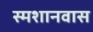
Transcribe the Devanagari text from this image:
स्मशानवास